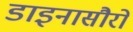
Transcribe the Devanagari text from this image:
डाइनासौरों